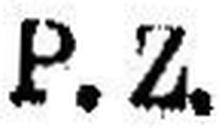
P.Z.